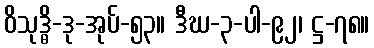
ဝိသုဒ္ဓိ-ဒု-အုပ်-၅၃။ ဒီဃ-၃-ပါ-၉၂၊ ဋ္ဌ-၇၈။